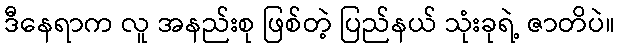
ဒီနေရာက လူ အနည်းစု ဖြစ်တဲ့ ပြည်နယ် သုံးခုရဲ့ ဇာတိပဲ။